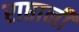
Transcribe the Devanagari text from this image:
राप्तानी